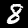
Label: 8